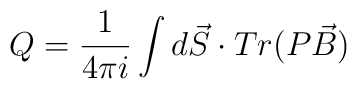
Q=\frac{1}{4\pi i}\int d\vec{S}\cdot Tr(P\vec{B})